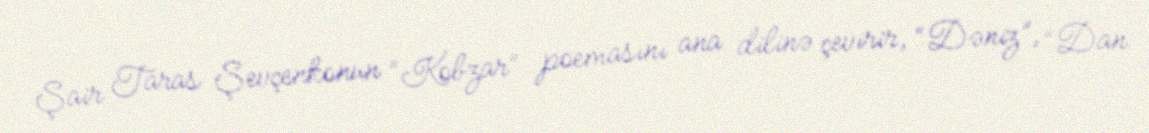
Şair Taras Şevçenkonun “Kobzar” poemasını ana dilinə çevirir, “Dəniz”, “Dan